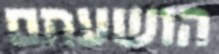
הושעתם